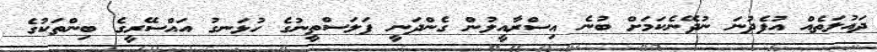
ދައުލަތެއް އުފެދުނަ ނުދޭނެކަމަށް ބުނެ އިސްރާއީލުން ގެންދަނީ ފަލަސްތީނުގެ ހުޅަނގު އައްސޭރީގެ ބިންތަކުގެ